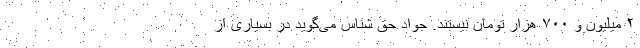
۲ میلیون و ۷۰۰ هزار تومان نیستند. جواد حق شناس می‌گوید در بسیاری از